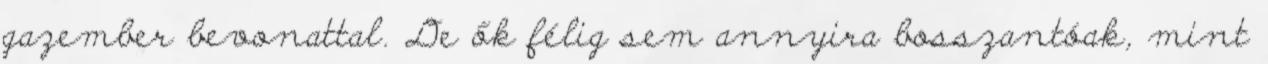
gazember bevonattal. De ők félig sem annyira bosszantóak, mint